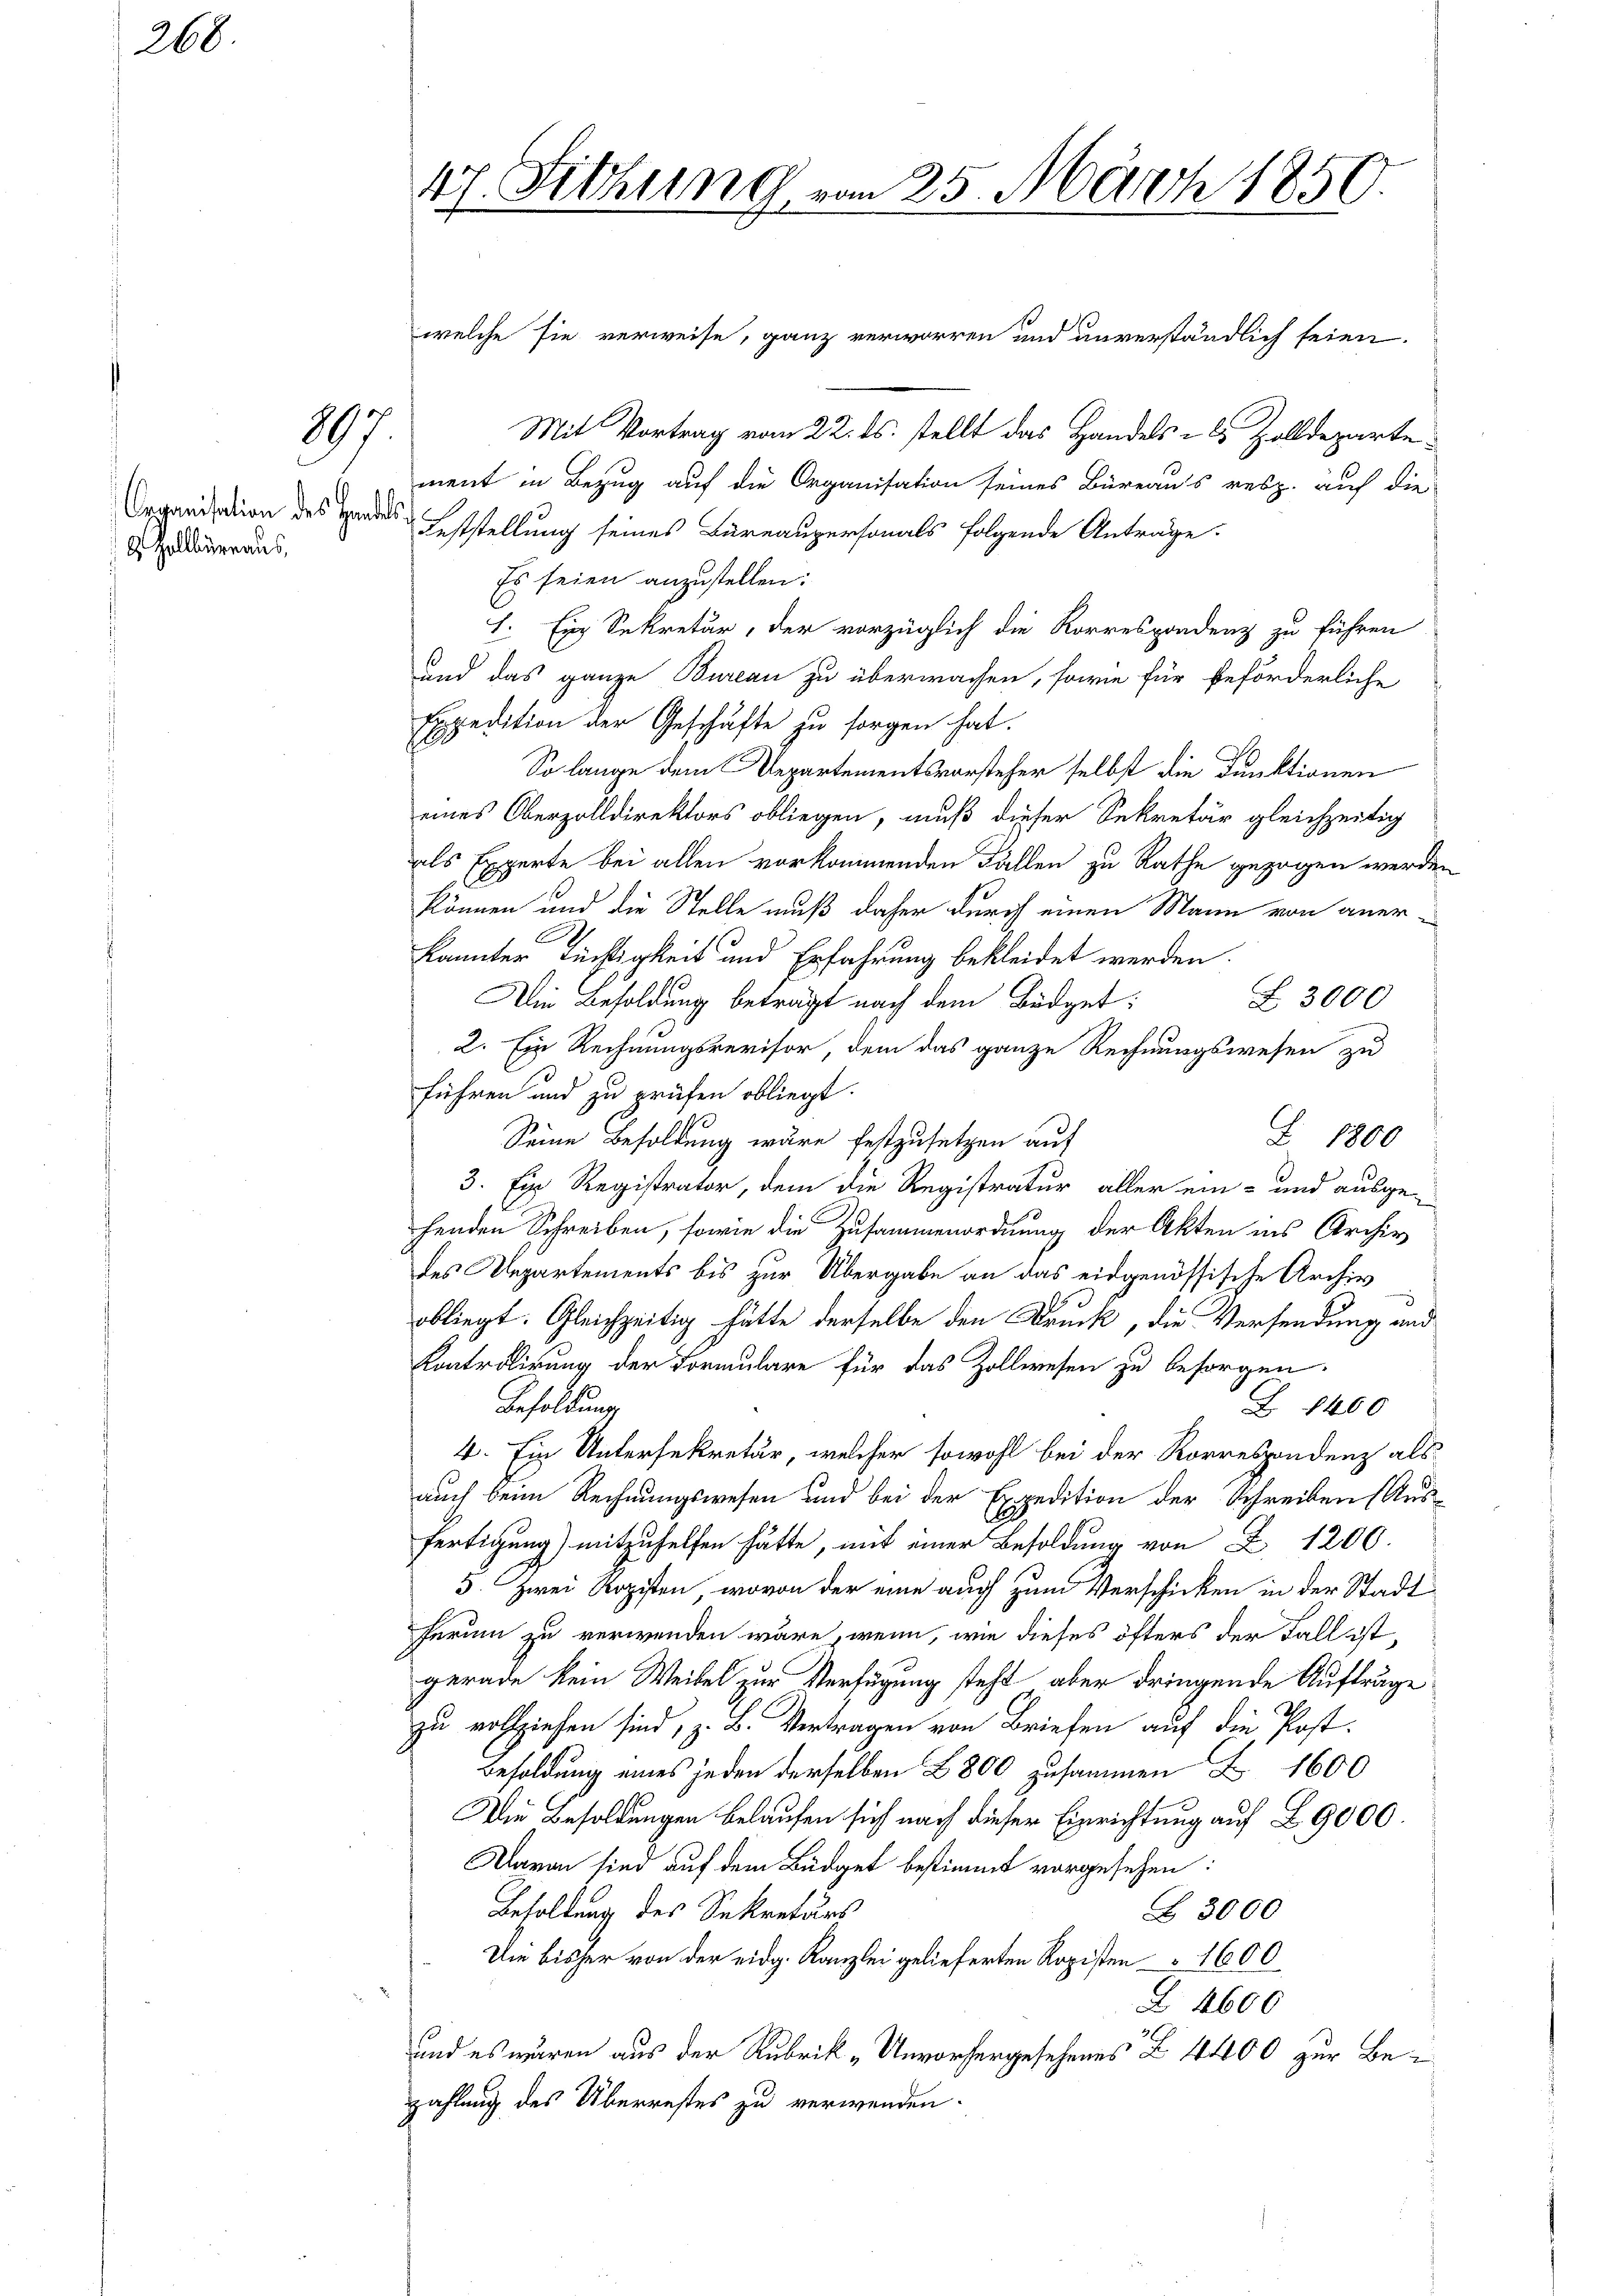
2

68

207.

8 Zollbüreaus,

Mit Vortrag vom 22. ds. stellt das Handels- u. Zolldepartement in Bezug auf die Organisation seines Büreaus resp. auf die
Organisation des Handes Feststellung seines Bureaupersonals folgende Anträge.
Es seien anzustellen:
1. Ein Sekretär, der vorzüglich die Korrespondenz zu führen
und das ganze Bureau zu überwachen, sowie für beförderliche
Expedition der Geschäfte zu sorgen hat.
.
So lange dem Departementsvorsteher selbst die Dunktionen
eines Oberzolldirektors obliegen, muß dieser Sekretär gleichzeitig
als Experte bei allen vorkommenden Fällen zu Rathe gezogen werden
können und die Stelle muß daher durch einen Mann von aner-
kannter Tüchtigkeit und Erfahrung bekleidet werden.
Die Besoldung beträgt nach dem Büdget¬
Z 3000
2. Ein Rechnungsrevisor, dem das ganze Rechnungswesen zu
führen und zu prüfen obliegt.
Z. 1800
Seine Besoldung wäre festzusetzen auf
3. Ein Registrator, dem die Registratur aller ein- und ausge-
henden Schreiben, sowie die Zusammenordnung der Akten ins Archiv
des Departements bis zur Übergabe an das eidgenössische Archiv
obliegt. Gleichzeitig hätte derselbe den Druck, die Versendung und
Kontrolirung der Formulare für das Zollwesen zu besorgen.
Besoldung
Z 1400
4. Ein Untersekretär, welcher sowohl bei der Korrespondenz als
auch beim Rechnungswesen und bei der Expedition der Schreiben (Ausfertigung) mitzuhelfen hätte, mit einer Besoldung von Z. 1200.
5. Zwei Rozisten, wovon der eine auch zum Verschicken in der Stadt
herum zu verwenden wäre, wenn, wie dieses öfters der Fall ist,
gerade kein Weibel zur Verfügung steht, aber dringende Aufträge
zu vollziehen sind, z. B. Vertragen von Briefen auf die Post-
Besoldung eines jeden derselben 800 zusammen Z. 1600
Die Besoldungen belaufen sich nach dieser Einrichtung auf § 9000
Daran sind auf dem Büdget bestimmt vorgesehen.
Besoldung des Sekretärs
Z 3000
Die bisher von der eidg. Kanzlei gelieferten Ropisten 1600
Z 4600
und es wären aus der Rubrik „Unvorhergesehenes Z. 4400 zur Bezahlung des Überrestes zu verwenden.

47. Sitzung vom 25. März 1850

welche sie verweise, ganz verworren und unverständlich seien.